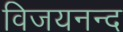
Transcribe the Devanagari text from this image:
विजयनन्द